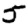
Digit: 5